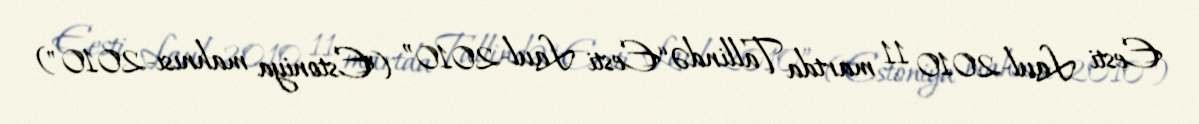
Eesti Laul-2010 11 martda Tallində “Eesti Laul-2010” ("Estoniya mahnısı-2010")